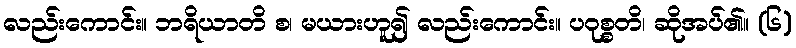
လည်းကောင်း။ ဘရိယာတိ စ၊ မယားဟူ၍ လည်းကောင်း။ ပဝုစ္စတိ၊ ဆိုအပ်၏။ (၆)